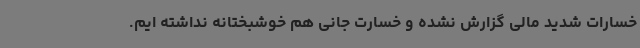
خسارات شدید مالی گزارش نشده و خسارت جانی هم خوشبختانه نداشته ایم.